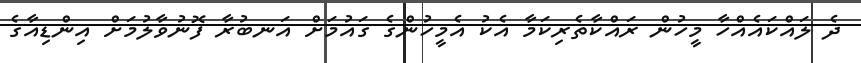
ދެ ލައްކައެއްހާ މީހުން ރައްކާތެރިކަމާ އެކު އެމީހުންގެ ގައުމަށް އަނބުރާ ފޮނުވާލުމަށް އިންޑިއާގެ